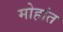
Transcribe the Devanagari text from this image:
मोहांत